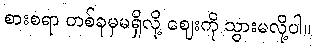
စားစရာ တစ်ခုမှမရှိလို့ ဈေးကို သွားမလို့ပါ။